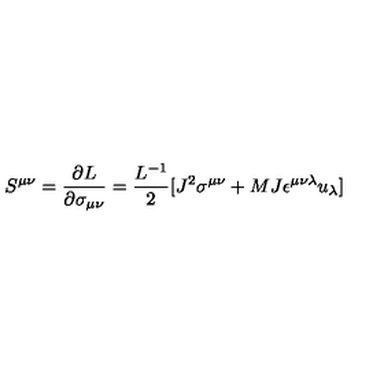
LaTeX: S ^ { \mu \nu } = { \frac { \partial L } { \partial \sigma _ { \mu \nu } } } = { \frac { L ^ { - 1 } } { 2 } } [ J ^ { 2 } \sigma ^ { \mu \nu } + { M J } \epsilon ^ { \mu \nu \lambda } u _ { \lambda } ]